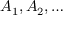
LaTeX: A _ { 1 } , A _ { 2 } , \ldots